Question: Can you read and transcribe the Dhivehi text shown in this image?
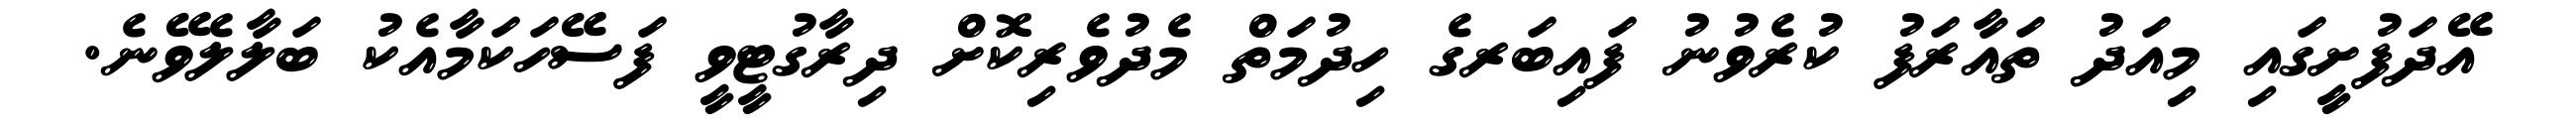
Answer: އޭދަފުށީގައި މިއަދު ތައާރަފު ކުރެވުނު ފައިބަރގެ ހިދުމަތް މެދުވެރިކޮށް ދިރާގުޓީވީ ފަސޭހަކަމާއެކު ބަލާލެވޭނެ.